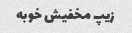
زیپ مخفیش خوبه